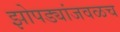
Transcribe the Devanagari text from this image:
झोपड्यांजवळच